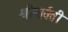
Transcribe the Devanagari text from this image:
श्रीपार्वती